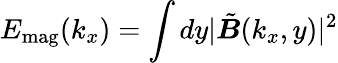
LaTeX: E_{\mathrm{mag}}(k_{x})=\int dy|\tilde{\boldsymbol{B}}(k_{x},y)|^{2}